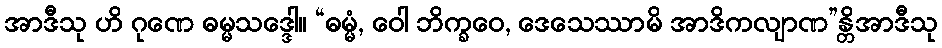
အာဒီသု ဟိ ဂုဏေ ဓမ္မသဒ္ဒေါ။ “ဓမ္မံ, ဝေါ ဘိက္ခဝေ, ဒေသေဿာမိ အာဒိကလျာဏ”န္တိအာဒီသု